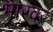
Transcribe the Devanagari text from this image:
भारवर्